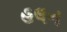
હલન